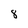
Character: 8